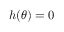
h ( \theta ) = 0